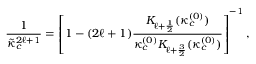
\frac { 1 } { \tilde { \kappa } _ { c } ^ { 2 \ell + 1 } } = \left[ 1 - ( 2 \ell + 1 ) \frac { K _ { \ell + \frac { 1 } { 2 } } ( \kappa _ { c } ^ { ( 0 ) } ) } { \kappa _ { c } ^ { ( 0 ) } K _ { \ell + \frac { 3 } { 2 } } ( \kappa _ { c } ^ { ( 0 ) } ) } \right] ^ { - 1 } ,